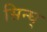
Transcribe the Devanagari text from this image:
सिन्घ्